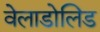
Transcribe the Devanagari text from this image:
वेलाडोलिड